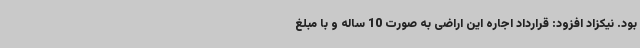
بود. نیکزاد افزود: قرارداد اجاره این اراضی به صورت 10 ساله و با مبلغ